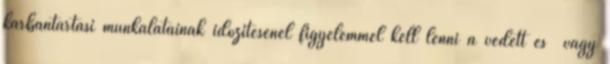
karbantartási munkálatainak időzítésénél figyelemmel kell lenni a védett és vagy